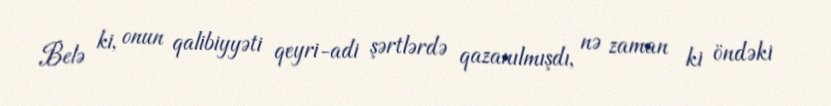
Belə ki, onun qalibiyyəti qeyri-adi şərtlərdə qazanılmışdı, nə zaman ki öndəki